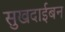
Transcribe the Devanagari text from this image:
सुखदाईबन